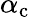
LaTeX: \alpha_{\mathrm{c}}